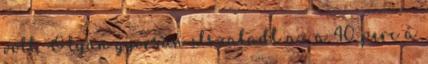
volt. Olyan gyorsan elszaladt az a 40 perc a